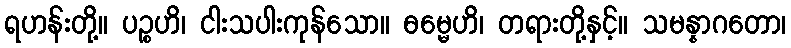
ရဟန်းတို့။ ပဉ္စဟိ၊ ငါးသပါးကုန်သော။ ဓမ္မေဟိ၊ တရားတို့နှင့်။ သမန္နာဂတော၊